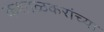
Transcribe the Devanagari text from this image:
कशाळकरांच्या